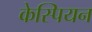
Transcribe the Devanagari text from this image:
केस्पियन